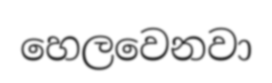
හෙලවෙනවා